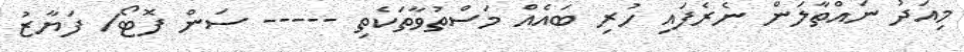
މިއަދު ނައްތާލަން ނެރެފައި ހުރި ބައެއް މަސްތުވާތަކެތި ----- ސަން ފޮޓޯ/ ފަޔާޒު